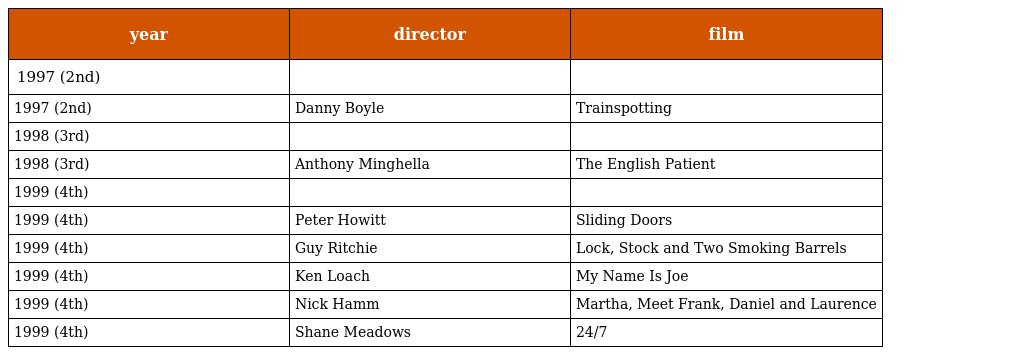
| year | director | film |
 | --- | --- | --- |
 | 1997 (2nd) |  |  |
 | 1997 (2nd) | Danny Boyle | Trainspotting |
 | 1998 (3rd) |  |  |
 | 1998 (3rd) | Anthony Minghella | The English Patient |
 | 1999 (4th) |  |  |
 | 1999 (4th) | Peter Howitt | Sliding Doors |
 | 1999 (4th) | Guy Ritchie | Lock, Stock and Two Smoking Barrels |
 | 1999 (4th) | Ken Loach | My Name Is Joe |
 | 1999 (4th) | Nick Hamm | Martha, Meet Frank, Daniel and Laurence |
 | 1999 (4th) | Shane Meadows | 24/7 |